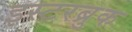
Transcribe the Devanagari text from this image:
इस्टरब्रुक